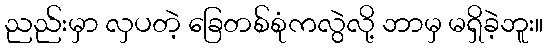
ညည်းမှာ လှပတဲ့ ခြေတစ်စုံကလွဲလို့ ဘာမှ မရှိခဲ့ဘူး။